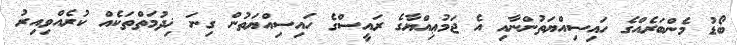
ބޯޑު މެންބަރެއްގެ ހައިސިއްޔަތުންނާއި އެ ޖަމުޢިއްޔާގެ ރައީސްގެ ހައިސިއްޔަތުން ގިނަ ޚިދުމަތްތަކެއް ކުރެއްވިއިރު